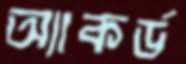
অ্যাকর্ড